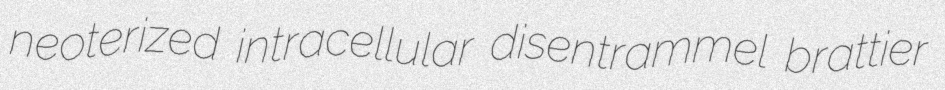
neoterized intracellular disentrammel brattier